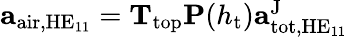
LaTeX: \begin{array}{r}{\mathbf{a}_{\mathrm{air},\mathrm{HE}_{11}}=\mathbf{T}_{\mathrm{top}}\mathbf{P}(h_{\mathrm{t}})\mathbf{a}_{\mathrm{tot},\mathrm{HE}_{11}}^{\mathrm{J}}}\end{array}